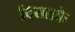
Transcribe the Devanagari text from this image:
दिखाके